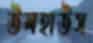
উলহাউস